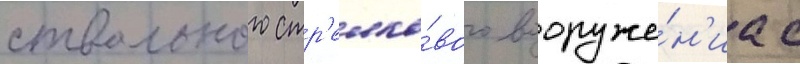
ствольного стр'елко́вого вооруже́н'иа с